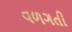
વળગતી